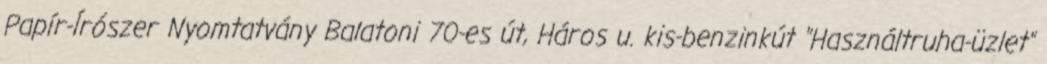
Papír-Írószer Nyomtatvány Balatoni 70-es út, Háros u. kis-benzinkút "Használtruha-üzlet"